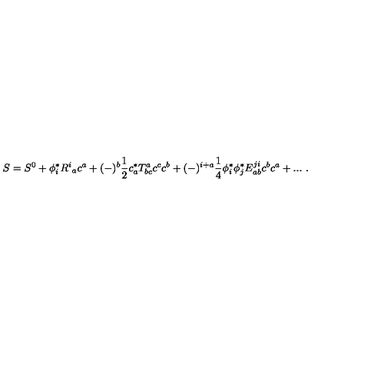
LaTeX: S = S ^ { 0 } + \phi _ { i } ^ { * } R ^ { i } { } _ { a } c ^ { a } + ( - ) ^ { b } \frac { 1 } { 2 } c _ { a } ^ { * } T _ { b c } ^ { a } c ^ { c } c ^ { b } + ( - ) ^ { i + a } \frac { 1 } { 4 } \phi _ { i } ^ { * } \phi _ { j } ^ { * } E _ { a b } ^ { j i } c ^ { b } c ^ { a } + . . . \ .